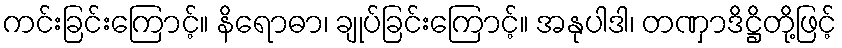
ကင်းခြင်းကြောင့်။ နိရောဓာ၊ ချုပ်ခြင်းကြောင့်။ အနုပါဒါ၊ တဏှာဒိဋ္ဌိတို့ဖြင့်